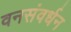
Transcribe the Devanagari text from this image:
वनसंवर्धन